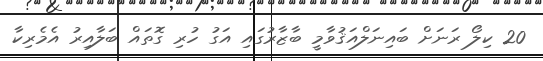
20 ކިލޯ ރަނަށް ބައިނަލްއަޤުވާމީ ބާޒާރުގައި އަގު ހުރި ގޮތައް ބަލާއިރު އެމެރިކާ